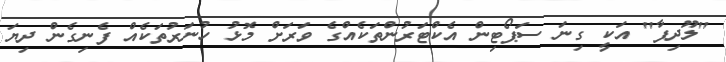
"ލޫދިފާ" އަކީ ގިނަ ސަޕޯޓިން އެކްޓަރުންތަކެއްގެ ވަރަށް މޮޅު ހުނަރުތަކެއް ފެނިގެން ދިޔަ